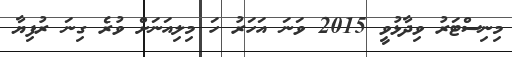
މިނިސްޓަރު ވިދާޅުވީ 2015 ވަނަ އަހަރު ހަ މިލިއަނަށް ވުރެ ގިނަ ރުފިޔާ